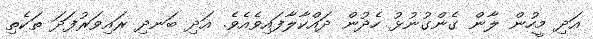
އަދި މީހުން ލާން ގެންގުނުޅު ހެދުން ދައްކާލާފައިވެއެވެ. އަދި ބަނދި ރައިވަރުފަދަ ތަކެތި